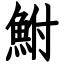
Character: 鮒